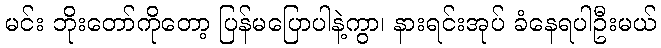
မင်း ဘိုးတော်ကိုတော့ ပြန်မပြောပါနဲ့ကွာ၊ နားရင်းအုပ် ခံနေရပါဦးမယ်